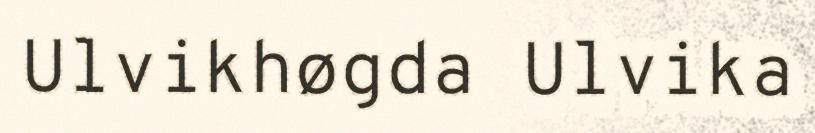
Ulvikhøgda Ulvika